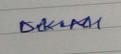
Signature authenticity: genuine